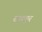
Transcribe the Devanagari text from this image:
बारूपुर